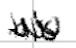
Text: his
Cross-out: zig-zag
Writing tool: digital_black